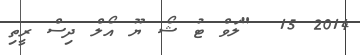
2014 15  "ލަވް ޓު ޝޯ ޔޫ އޯލް ދިސް ރީތި